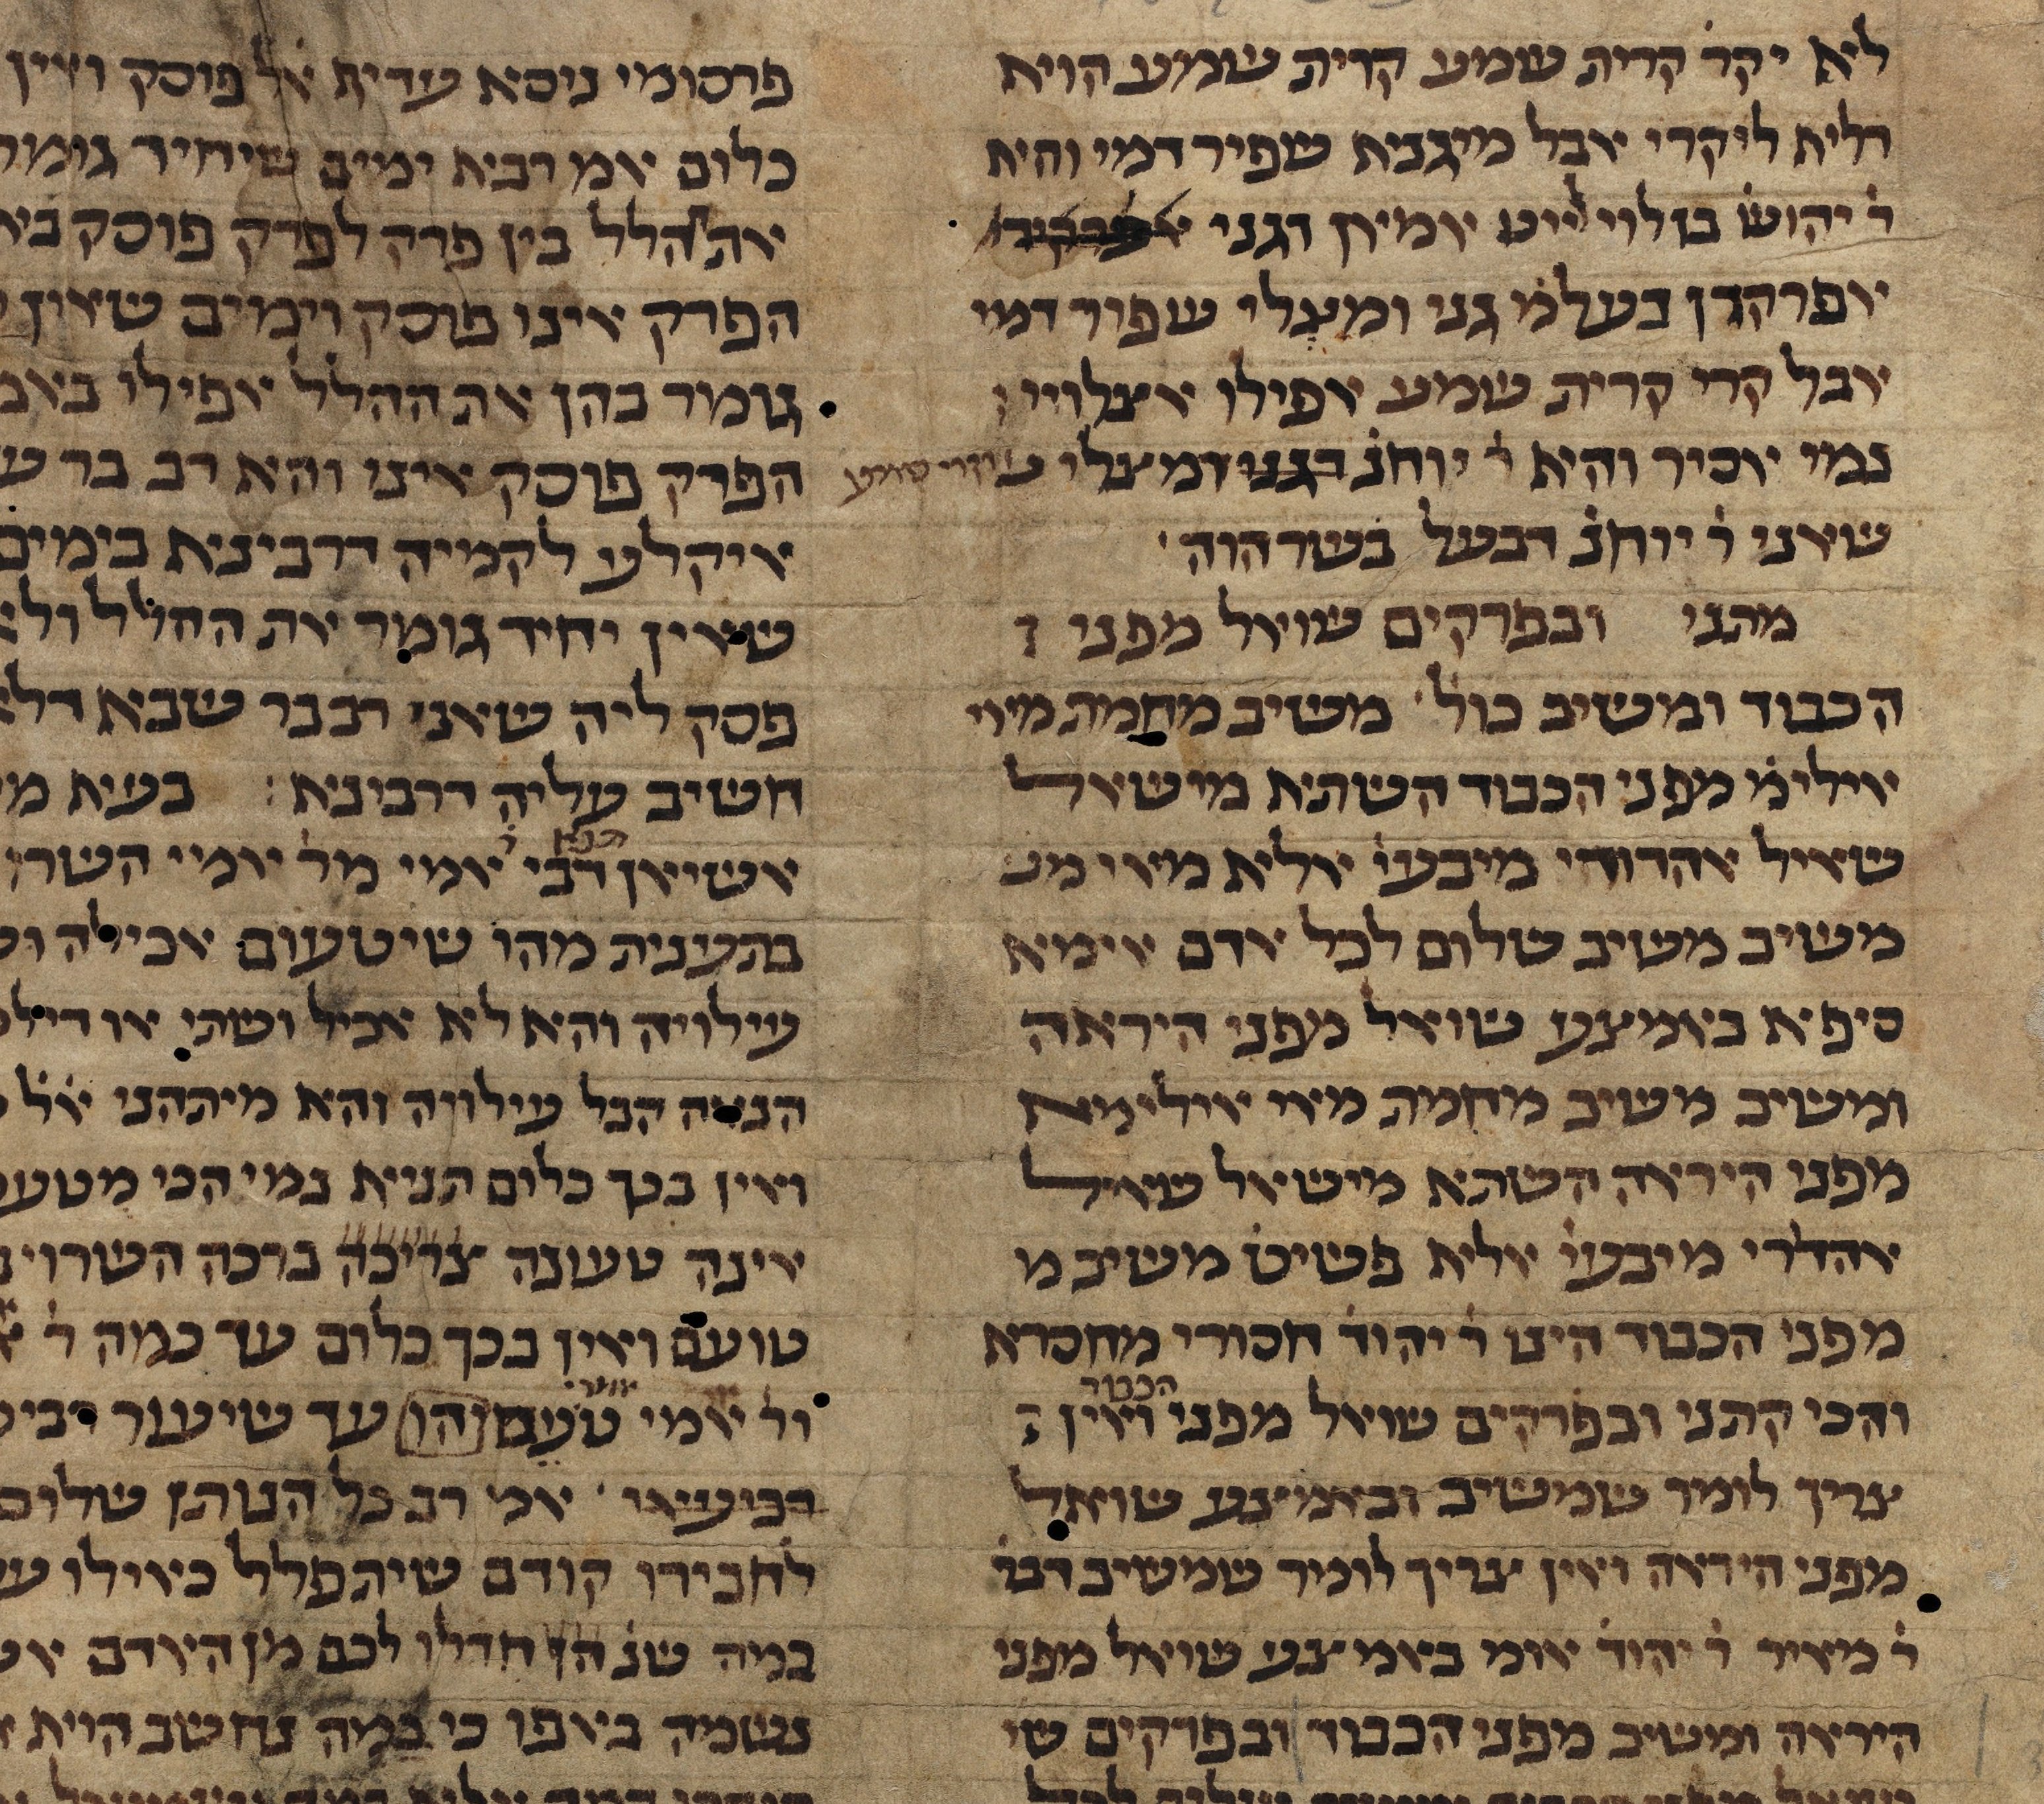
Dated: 1385–1399